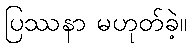
ပြဿနာ မဟုတ်ခဲ့။